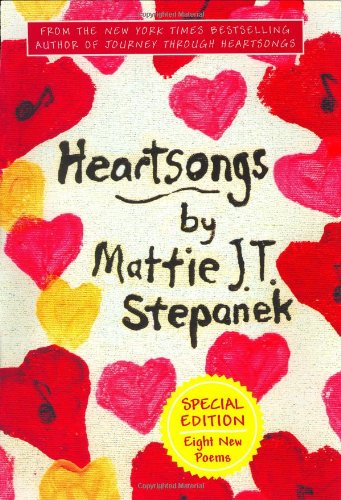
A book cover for Heartsongs; Mattie J. T. Stepanek; Children's Books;